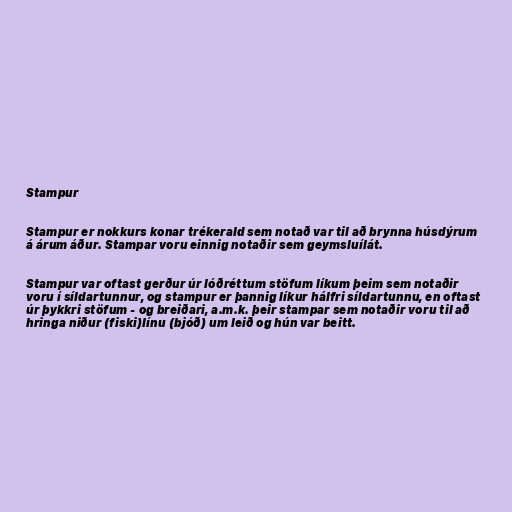
Stampur

Stampur er nokkurs konar trékerald sem notað var til að brynna húsdýrum
á árum áður. Stampar voru einnig notaðir sem geymsluílát.

Stampur var oftast gerður úr lóðréttum stöfum líkum þeim sem notaðir
voru í síldartunnur, og stampur er þannig líkur hálfri síldartunnu, en oftast
úr þykkri stöfum - og breiðari, a.m.k. þeir stampar sem notaðir voru til að
hringa niður (fiski)línu (bjóð) um leið og hún var beitt.